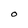
Character: 0